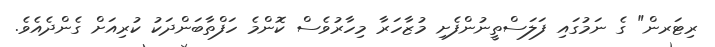
ރިޓަރން" ގެ ނަމުގައި ފަލަސްތީނުންފެށި މުޒާހަރާ މިހާރުވެސް ކޮންމެ ހަފްތާބަންދަކު ކުރިއަށް ގެންދެއެވެ.